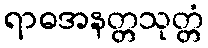
ရာဓအနတ္တသုတ္တံ